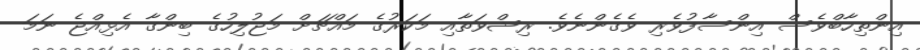
އިންތިހާބްވެސް އިންސާފުވެރި ވެގެންނެވެ. ރިޝްވަތާއި މަކަރުގެ މައްޗަށް މަޖުލިހުގެ ބިންގާ އެޅިއްޖެ ނަމަ